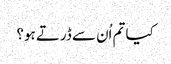
کیا تم اُن سے ڈرتے ہو؟